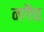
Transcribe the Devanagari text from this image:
नगैच